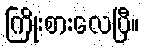
ကြိုးစားလေပြီ။